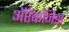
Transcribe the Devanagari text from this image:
अॅरॅकनिडा